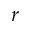
r